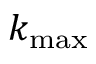
k _ { \mathrm { m a x } }